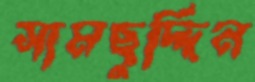
সামছুদ্দিন